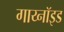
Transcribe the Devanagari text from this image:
गाय्नॉइड